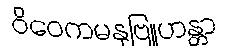
ဝိဝေကမနုဗြူဟန္တာ